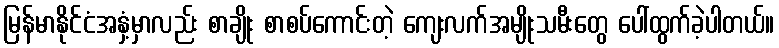
မြန်မာနိုင်ငံအနှံ့မှာလည်း စာချိုး စာစပ်ကောင်းတဲ့ ကျေးလက်အမျိုးသမီးတွေ ပေါ်ထွက်ခဲ့ပါတယ်။